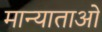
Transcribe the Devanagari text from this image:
मान्याताओं